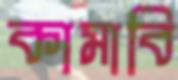
কামাবি